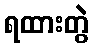
ရထားတွဲ